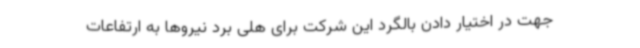
جهت در اختیار دادن بالگرد این شرکت برای هلی برد نیروها به ارتفاعات